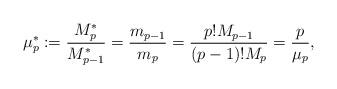
LaTeX: \begin{align*}\mu^{*}_p:=\frac{M^{*}_p}{M^{*}_{p-1}}=\frac{m_{p-1}}{m_p}=\frac{p!M_{p-1}}{(p-1)!M_p}=\frac{p}{\mu_p},\end{align*}